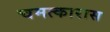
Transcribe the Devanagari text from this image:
चमत्कारास